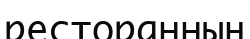
ресторанның